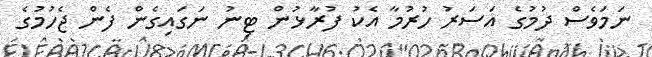
ނަމަވެސް ދުމުގެ އަސަރު ހުރުމާ އެކު ފުރާޅުން ޓިނު ނަގައިގެން ފެން ޖެހުމުގެ